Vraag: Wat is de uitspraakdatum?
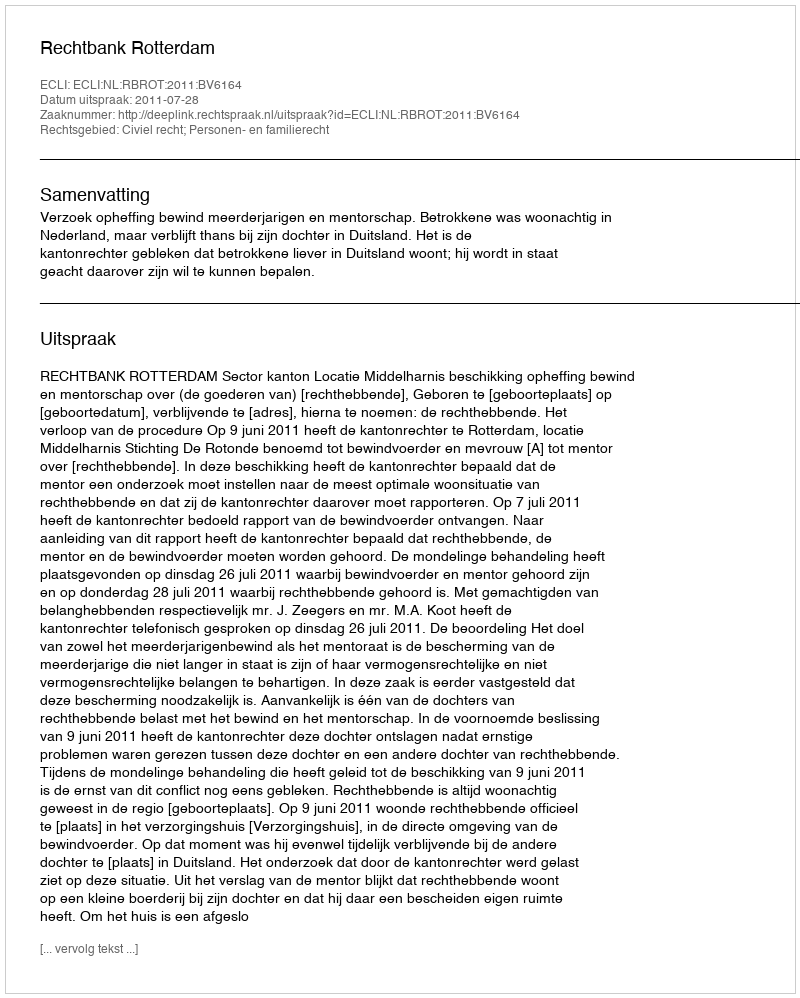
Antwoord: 2011-07-28